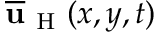
\overline { { \mathbf { u } } } _ { \mathrm { ~ H ~ } } ( x , y , t )